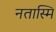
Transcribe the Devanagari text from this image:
नतास्मि